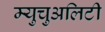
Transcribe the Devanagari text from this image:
म्युचुअलिटी